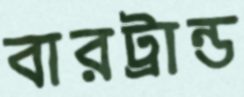
বারট্রান্ড